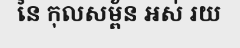
នៃ កុលសម្ព័ន អស់ រយ